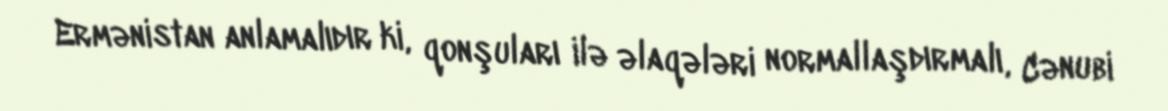
Ermənistan anlamalıdır ki, qonşuları ilə əlaqələri normallaşdırmalı, Cənubi